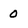
Character: 0